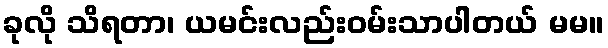
ခုလို သိရတာ၊ ယမင်းလည်းဝမ်းသာပါတယ် မမ။